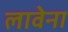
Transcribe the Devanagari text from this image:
लावेना